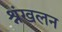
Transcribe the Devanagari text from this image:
श्रंखलन